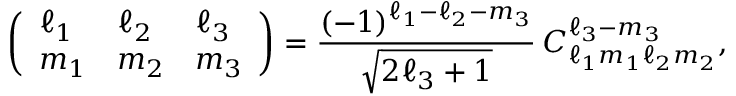
\left( \begin{array} { l l l } { \ell _ { 1 } } & { \ell _ { 2 } } & { \ell _ { 3 } } \\ { m _ { 1 } } & { m _ { 2 } } & { m _ { 3 } } \end{array} \right) = \frac { ( - 1 ) ^ { \ell _ { 1 } - \ell _ { 2 } - m _ { 3 } } } { \sqrt { 2 \ell _ { 3 } + 1 } } \, C _ { \ell _ { 1 } m _ { 1 } \ell _ { 2 } m _ { 2 } } ^ { \ell _ { 3 } - m _ { 3 } } ,